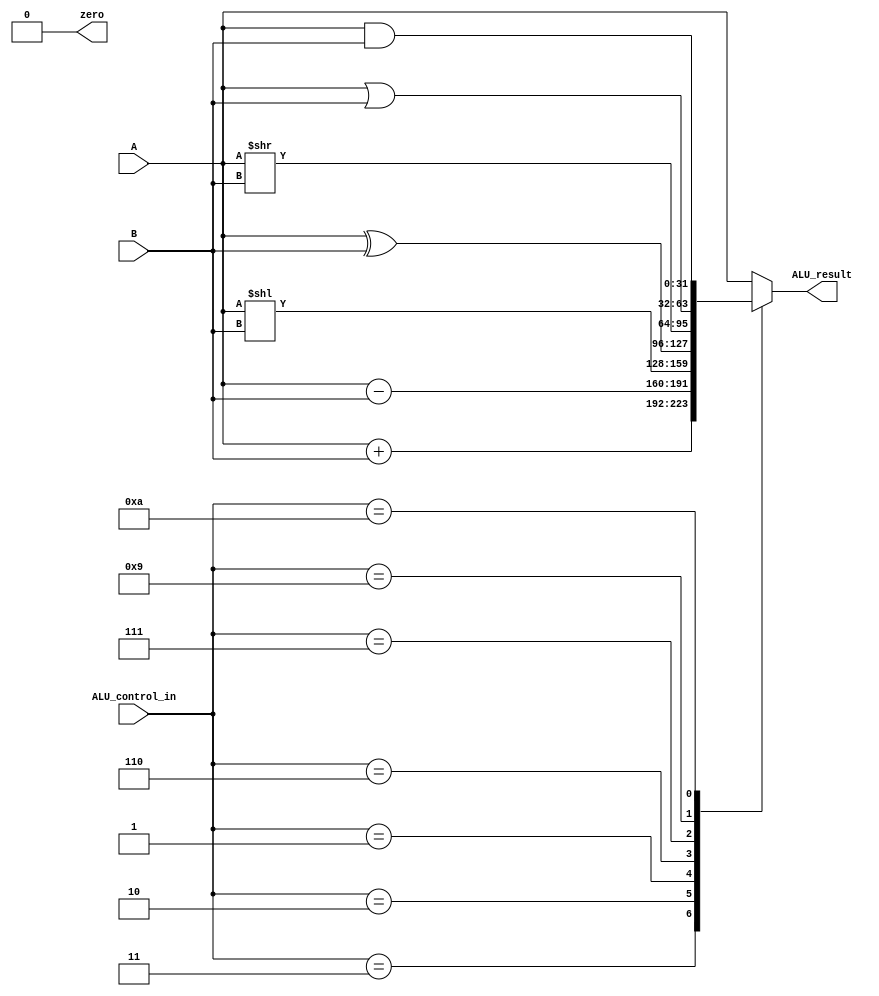
// ALU

module ALU(
    input [31:0] A, B,
    input [3:0] ALU_control_in,
    output reg [31:0] ALU_result,
    output reg zero
);

always @(ALU_control_in or A or B)
begin 
 case(ALU_control_in)
  4'b0011: begin // add
   zero <= 0;
   ALU_result <= A + B;
  end
  4'b0010: begin // sub
   zero <= 0;
   ALU_result <= A - B;
  end
  4'b0001: begin // SLL - bitwise left shift
   zero <= 0;
   ALU_result <= A << B;
  end
  4'b0110: begin //XOR
   zero <= 0;
   ALU_result <= A ^ B;
  end
  4'b0111: begin //SRL - Shift Right Logic
   zero <= 0;
   ALU_result <= A >> B;
  end
  4'b1001: begin //OR - bitwise OR
   zero <= 0;
   ALU_result <= A | B;
  end
  4'b1010: begin //AND - bitwise AND
   zero <= 0;
   ALU_result <= (A & B);
  end
  default: begin // default to add
   zero <= 0;
   ALU_result <= A;
  end 
 endcase
end

endmodule